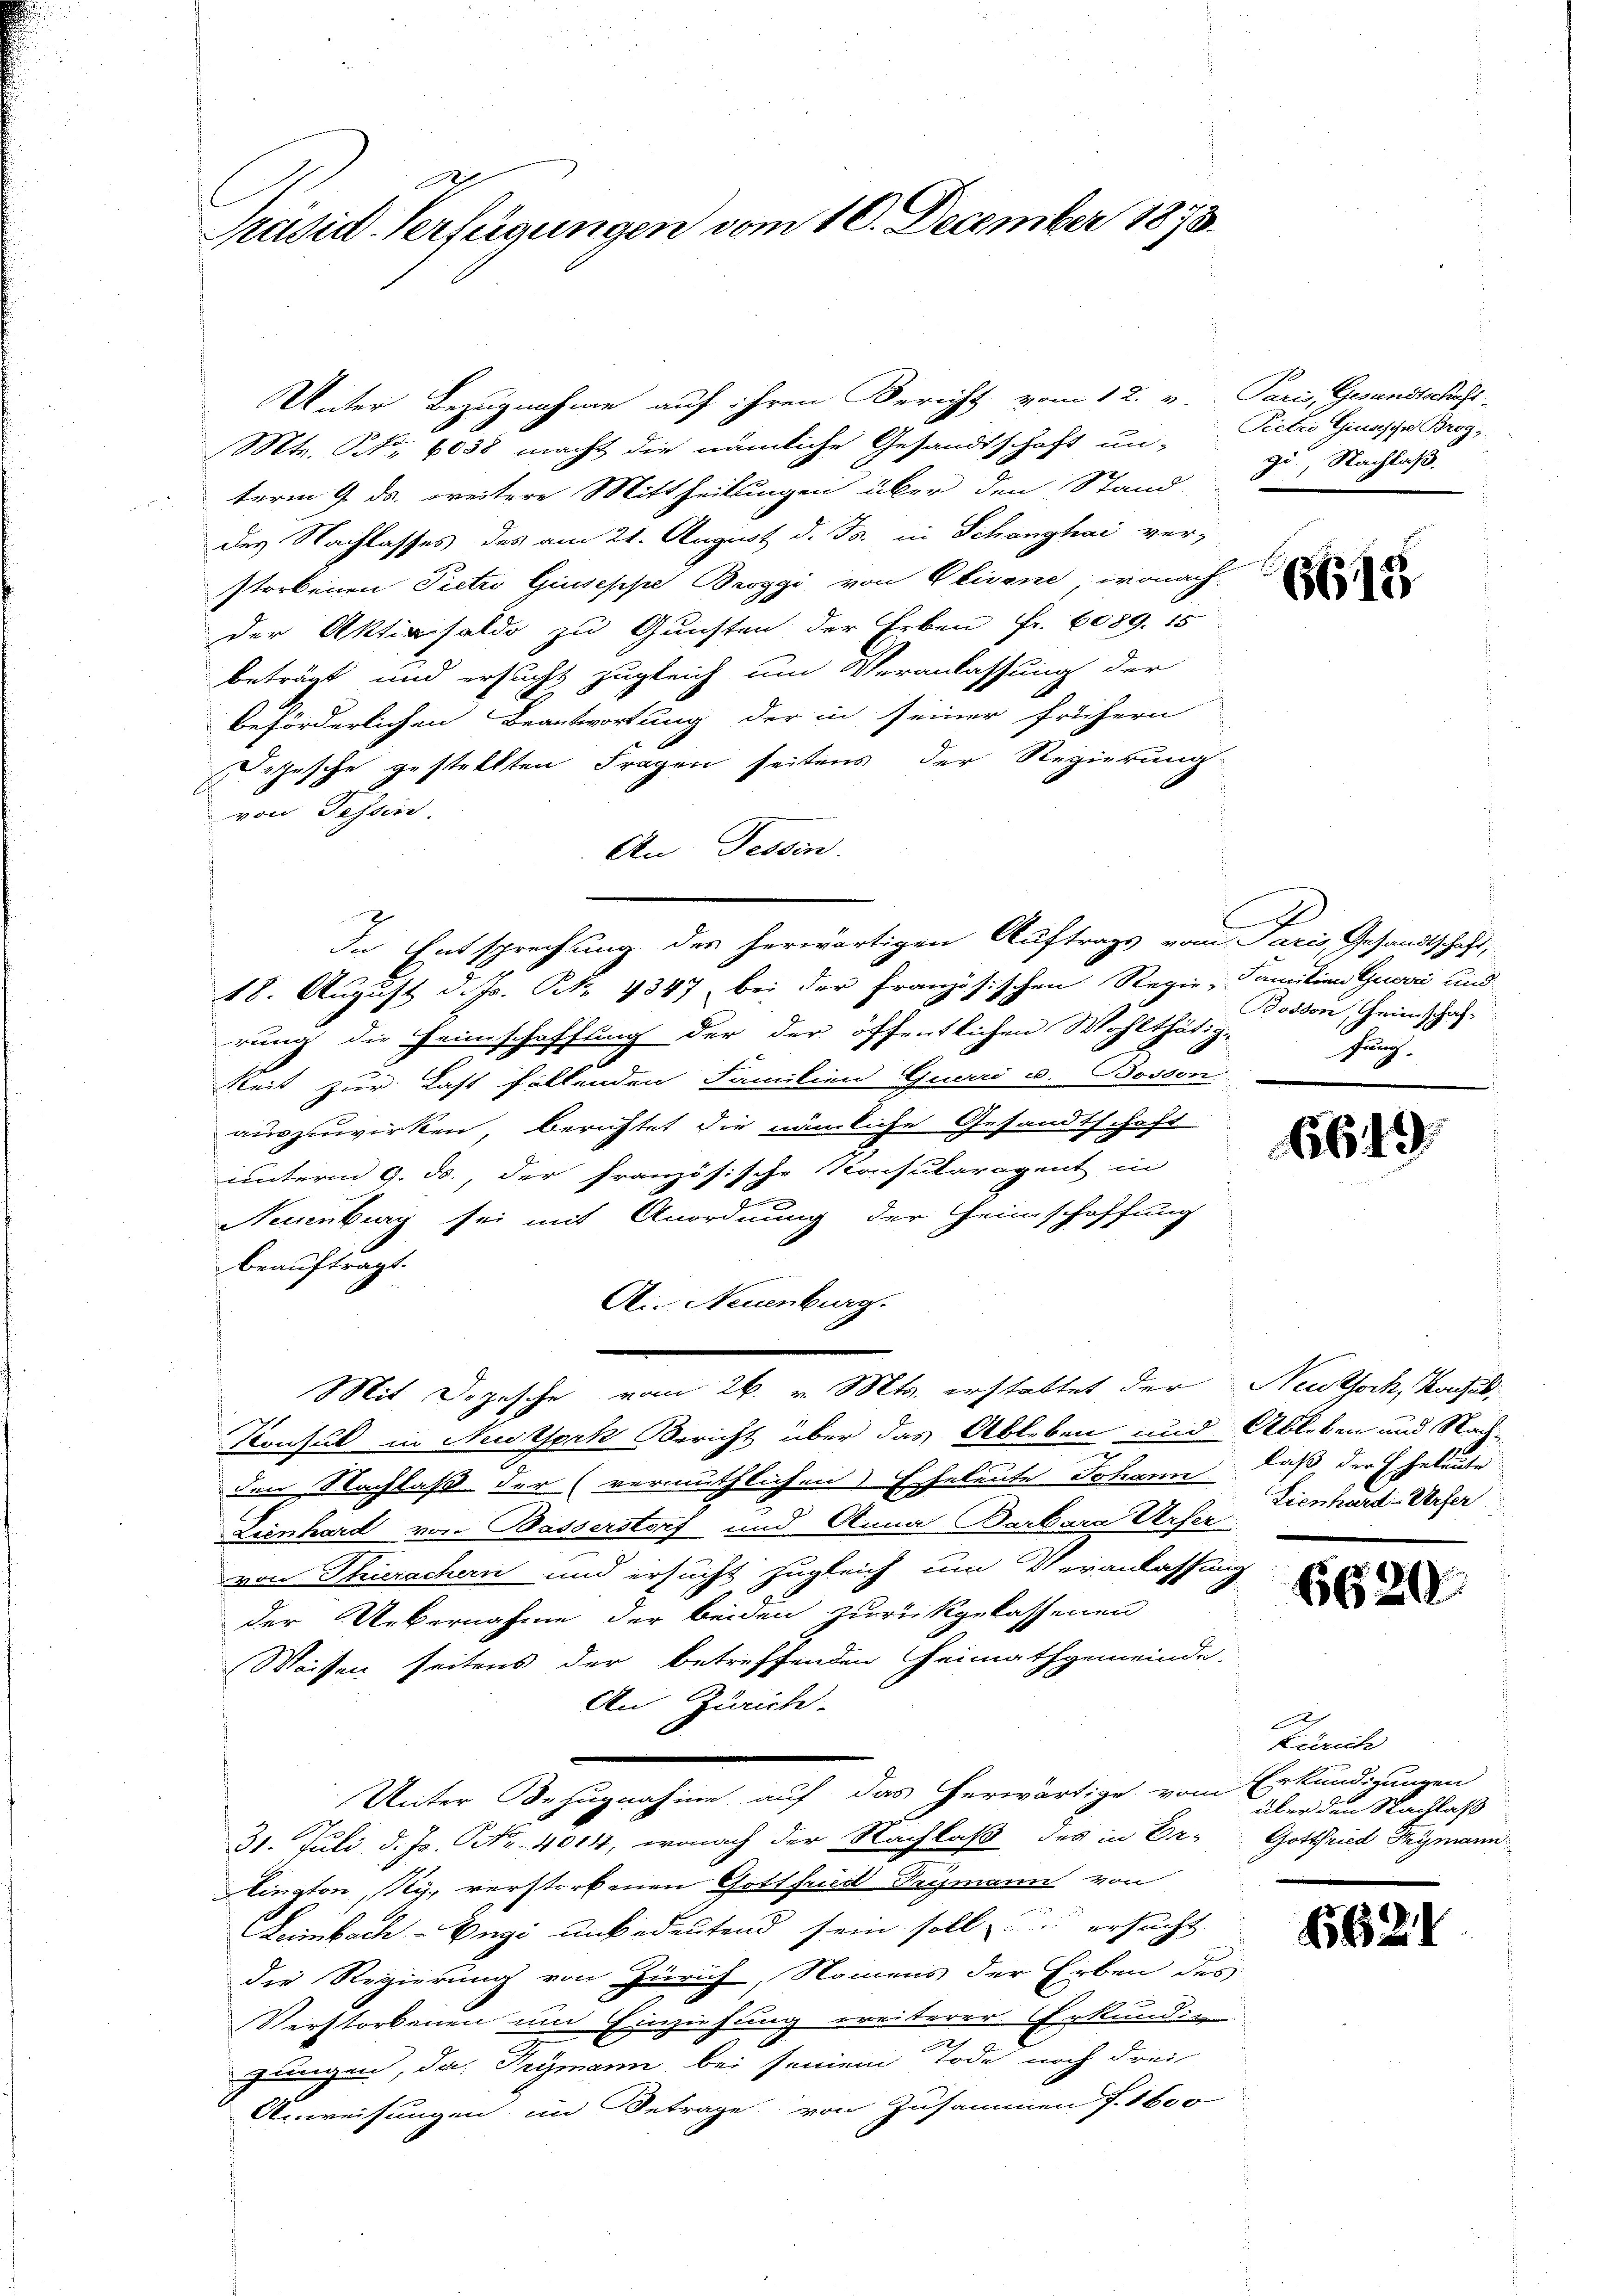
Präsid-Verfügungen vom 16. December 1873.

Unter Bezugnahme auf ihren Bericht vom 12. v. Paris, Gesandtschaft
Mts. Nr. 6038 macht die nämliche Gesandtschaft un-
term 9. ds. weitere Mittheilungen über den Stand
des Nachlasses des am 21. August d. Js. in Schanzhai ver-
storbenen Pietro Giuseppe Broggi von Olivene, wonach.
der Aktivsaldo zu Gunsten der Erben fr. 6089. 15
beträgt und ersucht zugleich um Veranlassung der
beförderlichen Beantwortung der in seiner frühern
Depesche gestellten Fragen seitens der Regierung
von Fessere
An Tessin.
In Entsprechung des herwärtigen Auftrags vom Paris, Gesandtschaft,
18. August d. Js. k. 4347 bei der Französischen Regie- Familien Geveri und
rung die Heimschaffung der der öffentlichen Wohlthätig-
keit zur Last fallenden Familien Guvai u. Bosson
auszuwirken, berichtet die nämliche Gesandtschaft
unterm 9. ds., der französische Konsularagent in
Neuenburg sei mit Anordnung der Heimschaffung
beauftragt.
A. Neuenburg.
Mit Depesche vom 26. v. Mts. erstattet der Neuthoch, Saches,
Konsul in Neuksork Bericht über das Ableben und Ableben und Nachden Nachlaß der (vermuthlichen Eheleute Johann laß der Eheleute
Lienhard von Basserstorf und Anna Barbara Urser
von Thierachern und ersucht zugleich um Veranlassung
der Uebernahme der beiden zurückgelassenen
Weissen seitens der betreffenden Heimathgemeinde-
An Zürich.
Unter Bezugnahme auf das herwärtige vom Erkundigungen
31. Juli d. Js. Nr. 4014, wonach der Nachlaß des in Or-Gottfried Frymann
lington, Ry, verstorbenen Gottfruck Frymann von
Leimbach-Engi unbedeutend sein soll ersucht
die Regierung von Zürich, Namens der Erben des
Verstorbenen und Einziehung weiterer Erkundig
e
gungen, da Frymann, bei seinem Tode noch drei
Anweisungen im Betrage von Zusammen f. 1600

Pietro Giusesche Brog;
zu, Nachlaß.

615

x
Bosson, Greinschaffruch

6649

Lienhard-Urser

662.

66

.

Zürich
über den Nachlaß